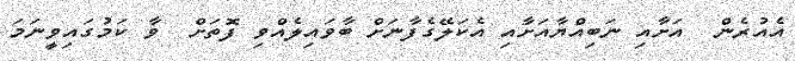
އެއުރެން  އަށާއި ނަބިއްޔާއަށާއި އެކަލޭގެފާނަށް ބާވައިލެއްވި ފޮތަށް  ވާ ކަމުގައިވީނަމަ